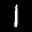
Label: 1